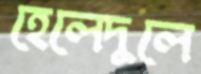
হেলেদুলে